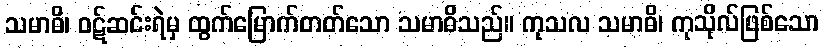
သမာဓိ၊ ဝဋ်ဆင်းရဲမှ ထွက်မြောက်တတ်သော သမာဓိသည်။ ကုသလ သမာဓိ၊ ကုသိုလ်ဖြစ်သော